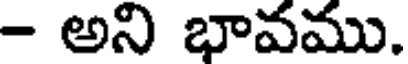
- అని భావము.